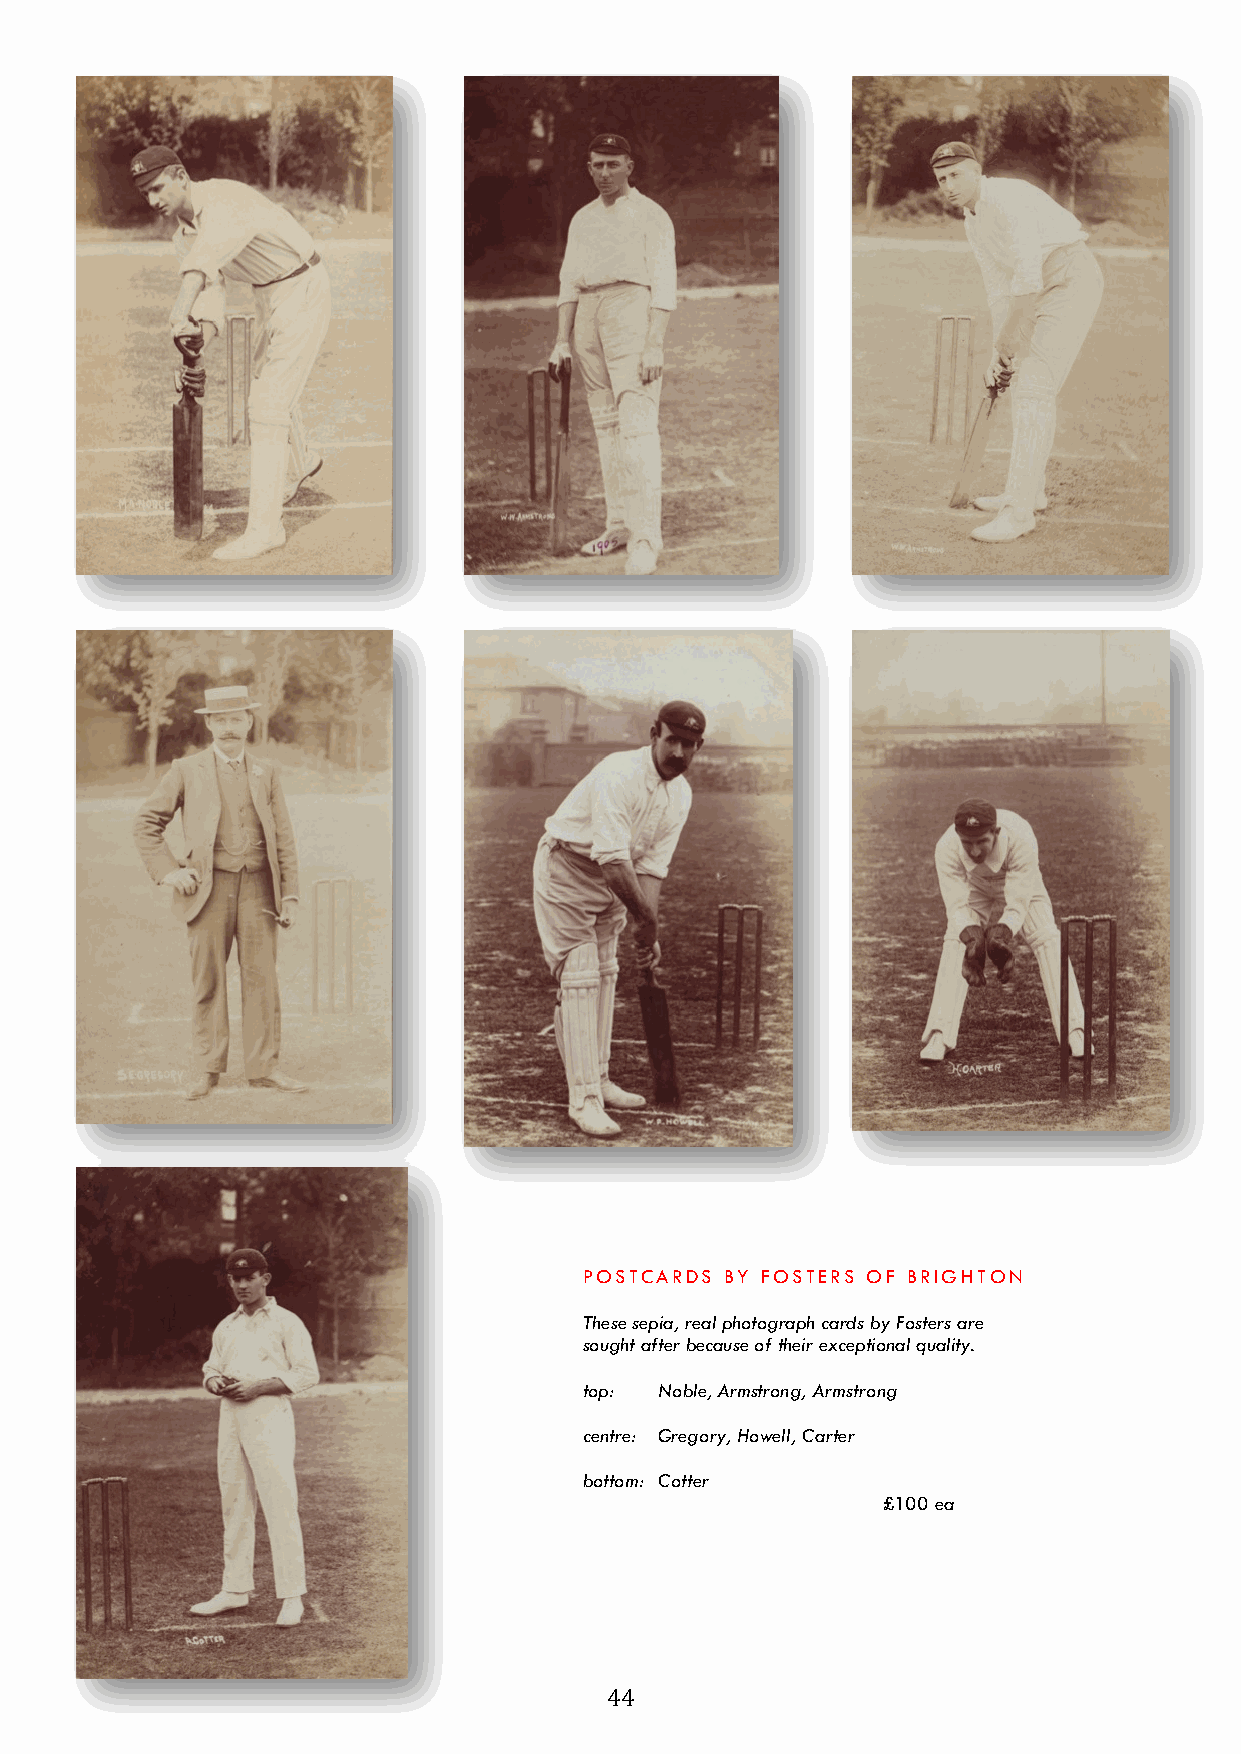
POSTCARDS BY FOSTERS OF BRIGHTON
 These sepia, real photograph cards by Fosters are
 sought after because of their exceptional quality.
 top: Noble, Armstrong, Armstrong
 centre: Gregory, Howell, Carter
 bottom: Cotter
 £100 ea
 44